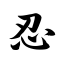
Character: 忍